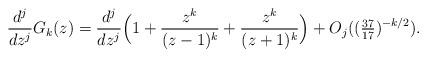
LaTeX: \begin{align*} \frac{d^j}{dz^j} G_k(z) = \frac{d^j}{dz^j} \Big(1 + \frac{z^k}{(z-1)^k} + \frac{z^k}{(z+1)^k} \Big) + O_j((\tfrac{37}{17})^{-k/2}). \end{align*}